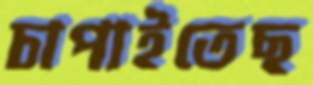
চাপাইতেছ